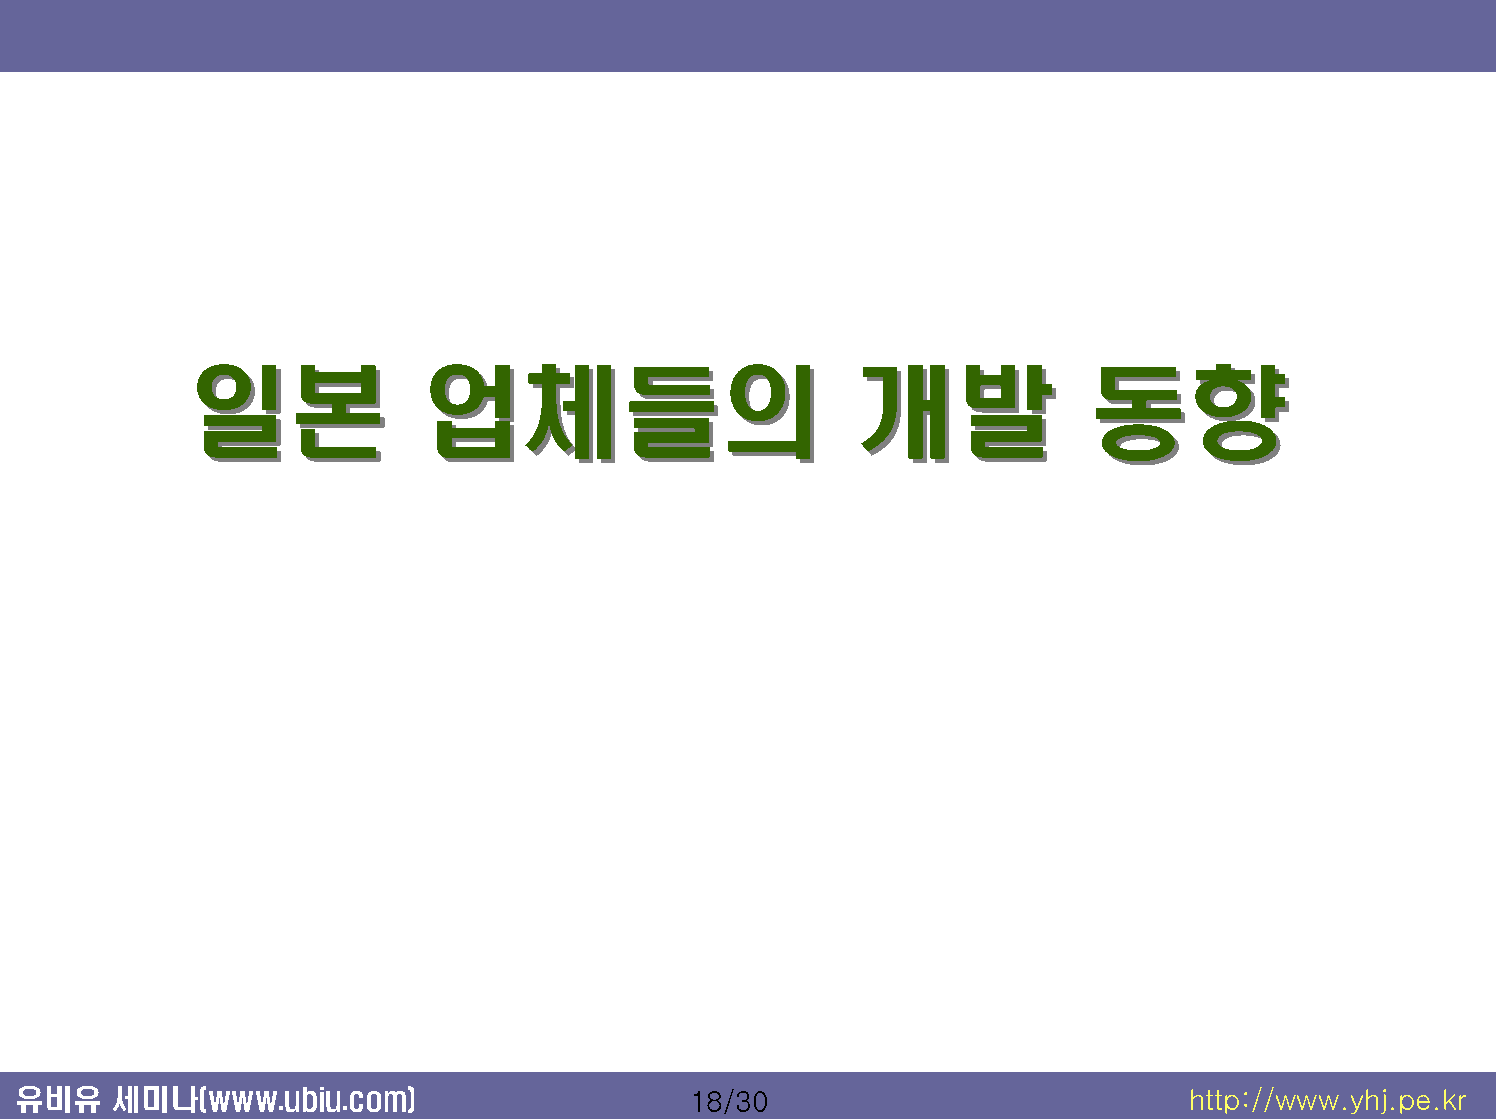
일일본본           업업체체들들의의                     개개발발            동동향향
 유비유   세미나(www.ubiu.com)                     18/30                            http://www.yhj.pe.kr